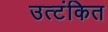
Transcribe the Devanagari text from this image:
उत्टंकित